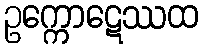
ဥက္ကောဋေဿထ